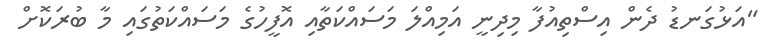
"އަޅުގަނޑު ދެން އިސްތިއުފާ މިދިނީ އަމިއްލަ މަސައްކަތާއި އޮފީހުގެ މަސައްކަތުގައި މާ ބުރަކޮށް